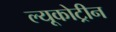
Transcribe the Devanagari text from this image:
ल्यूकोट्रीन